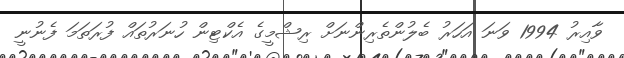
ވާއިރު 1994 ވަނަ އަހަރު ބެލުންތެރިންނަށް ރިޝްމީގެ އެކްޓިން ހުނަރުތައް ފުރަތަމަ ފެނުނީ